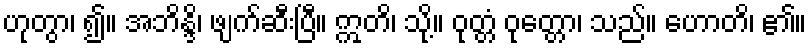
ဟုတွာ၊ ၍။ အဘိန္ဒိ၊ ဖျက်ဆီးပြီ။ ဣတိ၊ သို့။ ဝုတ္တံ ဝုတ္တော၊ သည်။ ဟောတိ၊ ၏။